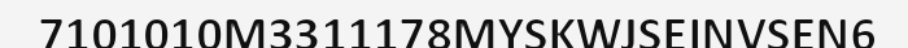
7101010M3311178MYSKWJSEINVSEN6